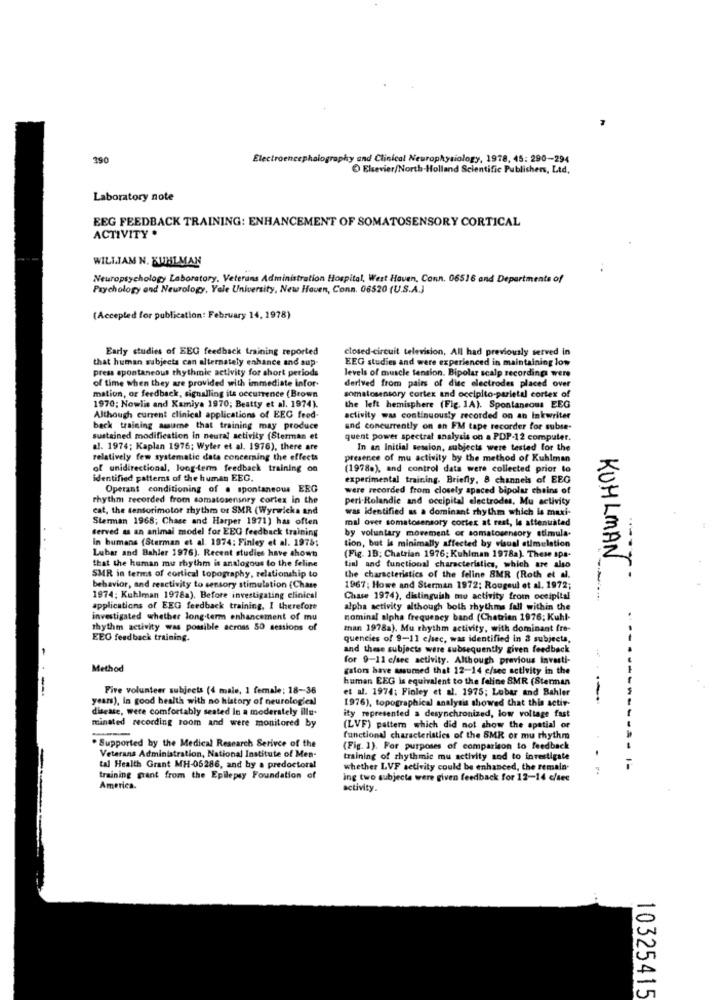
390
Electroencephalography and Clinical Neurophysiology, 1978, 45: 290-294
Elsevier/North-Holland Scientific Publishers, Ltd.
Laboratory note
EEG FEEDBACK TRAINING: ENHANCEMENT OF SOMATOSENSORY CORTICAL
ACTIVITY .
WILLIAM N. KUHLMAN
Neuropsychology Laboratory, Veterans Administration Hospital, West Haven, Conn. 06516 and Departments of
Prychology and Neurology, Yale University, New Haven, Conn. 06520 (U.S.A.)
(Accepted for publication: February 14, 1978)
Early studies of EEG feedback training reported
closed-circuit television. All had previously served in
that human subjects can alternately enhance and sup
EEG studies and were experienced in maintaining low
press spontaneous thythmie activity for short periods
levels of muscle tension. Bipolar scalp recordings were
derived from pairs of dite electrodes placed over
of time when they are provided with immediate infor-
mation, or feedback, signalling its occurrence (Brown
somatosensory cortex and occipito-parietal cortex of
1970; Nowlis and Kamiya 1970; Beatty et al. 1974).
the left hemisphere (Fig. 1A). Spontaneous EEG
Although current clinical applications of EEG feed-
activity was continuously recorded on an Inkwriter
back training assume that training may produce
and concurrently on an FM tape recorder for subse-
sustained modification in neural activity (Sterman et
quent power spectral analysis on a PDP-12 computer.
al. 1974; Kaplan 1976; Wyler et al. 1976), there are
In an Initial session, subjects were tested for the
relatively few systematic data concerning the effects
presence of mu activity by the method of Kuhlman
of unidirectional, long-term feedback training on
(1978.), and control data were collected prior to
identified patterns of the human EEG.
experimental training. Briefly, 8 channels of EEG
Operant conditioning of a spontaneous ERG
were recorded from closely spaced bipolar chains of
rhythm recorded from somatosensory cortex in the
perl.Rolandie and occipital electrodes. Mu activity
cat, the sensorimotor rhythm of SMR (Wyrwicks and
was identified as a dominant rhythm which is maxi-
Sterman 1968; Chase and Harper 1971) has often
mal over somatosensory cortex at rest, le attenuated
Served as an animal model for EEG feedback training
by voluntary movement or somatosensory stimula-
in humans (Sterman et al. 1974; Finley et al. 1975;
tion, but is minimally affected by visual etimelation
Lubar and Bahler 1976). Recent studies have shown
that the human mu rhythm is analogous to the feline
(Fig. 1D; Chatrian 1976; Kuhlman 1978a). These spa-
tiul and functional characteristics, which are also
KUHLMAN
SMR in terms of cortical topography, relationship to
the characteristics of the feline 8MR (Roth et al.
behavior, and reactivity to sensory stimulation (Chase
1967; Howe and Sterman 1972; Rougeul et al. 1972;
1974; Kuhlman 1978a), Before investigating clinical
Chase 1974), distinguish mu activity from occipital
applications of EEG feedback training, I therefore
alpha activity although both rhythms fall within the
investigated whether long-term enhancement of mu
nominal alpha frequency band (Chatzian 1976; Kuhl-
thythm activity was possible across 50 sessions of
man. 1978a). Mu rhythm activity, with dominant fre-
EEG feedback training.
quencies of 9-11 c/sec, was identified in 3 subjects,
and these subjects were subsequently given feedback
for 9-11 c/see activity. Although previous investi-
Method
gators have assumed that 12-14 c/sec activity in the
human EEG is equivalent to the feline 8MR (Sterman
--
Five volunteer subjects (4 male, 1 female; 18-36
et al. 1974; Finley et al. 1975; Lubar and Bahler
years), in good health with no history of neurological
1976), topographical analysis showed that this actir-
disease, were comfortably seated In a moderately illu-
minated recording room and were monitored by
ity represented a desynchronized, low voltage fast
(LVF) pattern which did not show the spatial or
. Supported by the Medical Research Serivce of the
functional characteristics of the SMR or mu rhythm
(Fig. 1). For purposes of comparison to feedback
Veterans Administration, National Institute of Men-
training of rhythmic mu activity and to investigate
tal Health Grant MH-05286, and by a predoctoral
whether LVF activity could be enhanced, the remain-
training grant from the Epilepsy Foundation of
ing two subjects were given feedback for 12-14 c/sec
America.
activity.
10325415